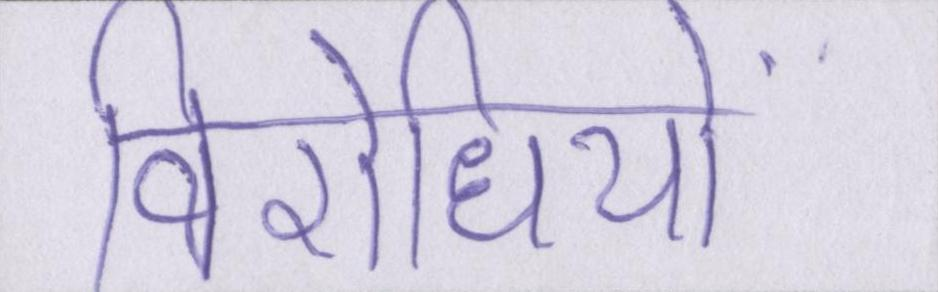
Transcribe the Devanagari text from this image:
विरोधियों